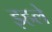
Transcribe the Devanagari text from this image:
इहले